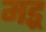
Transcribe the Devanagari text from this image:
मइ्र